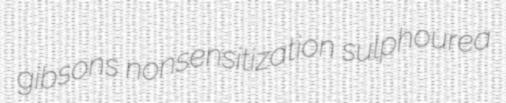
gibsons nonsensitization sulphourea